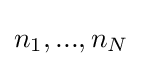
n_{1},...,n_{N}